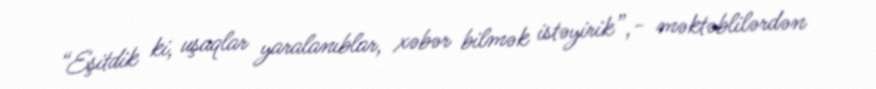
“Eşitdik ki, uşaqlar yaralanıblar, xəbər bilmək istəyirik”,- məktəblilərdən